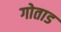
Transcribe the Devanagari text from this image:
गोताड